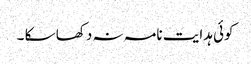
کوئی ہدایت نامہ نہ دکھا سکا ۔